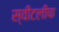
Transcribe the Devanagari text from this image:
स्वीटलीफ